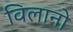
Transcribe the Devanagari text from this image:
विलानो